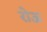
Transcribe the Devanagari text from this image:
रोऊ